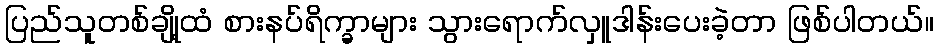
ပြည်သူတစ်ချို့ထံ စားနပ်ရိက္ခာများ သွားရောက်လှူဒါန်းပေးခဲ့တာ ဖြစ်ပါတယ်။